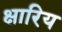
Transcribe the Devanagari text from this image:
क्षारिय